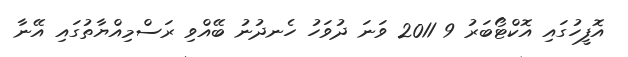
އޮފީހުގައި އޮކްޓޯބަރު 9 2011 ވަނަ ދުވަހު ހެނދުނު ބޭއްވި ރަސްމިއްޔާތުގައި އޭނާ